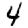
Digit: 4